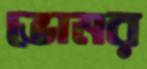
ভোমর